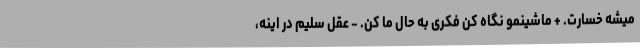
میشه خسارت. + ماشینمو نگاه کن فکری به حال ما کن. - عقل سلیم در اینه،